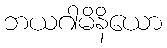
ဘယဂါမိနိယော